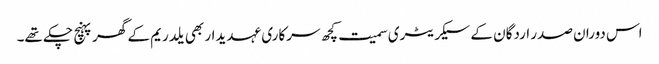
اس دوران صدر اردگان کے سیکریٹری سمیت کچھ سرکاری عہدیدار بھی یلدریم کے گھر پہنچ چکے تھے۔